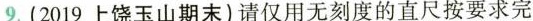
9.(2019上饶玉山期末)请仅用无刻度的直尺按要求完